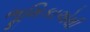
ભૂમિકાએથી